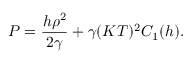
P = \frac { h \rho ^ { 2 } } { 2 \gamma } + \gamma ( K T ) ^ { 2 } C _ { 1 } ( h ) .